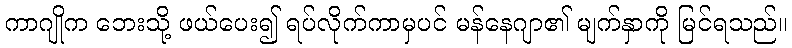
ကာဂျိုက ဘေးသို့ ဖယ်ပေး၍ ရပ်လိုက်ကာမှပင် မန်နေဂျာ၏ မျက်နှာကို မြင်ရသည်။